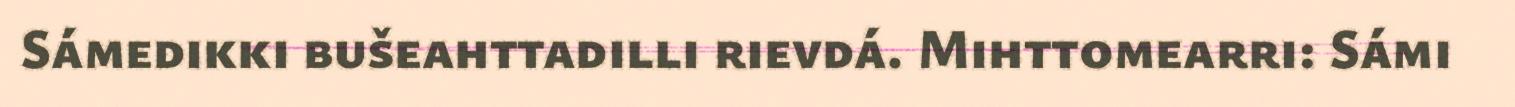
Sámedikki bušeahttadilli rievdá. Mihttomearri: Sámi